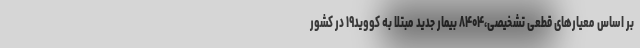
بر اساس معیارهای قطعی تشخیصی،۸۴۰۴ بیمار جدید مبتلا به کووید۱۹ در کشور